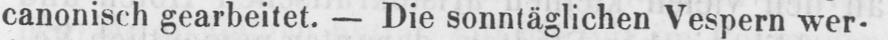
canonisch gearbeitet. - Die sonntäglichen Vespern wer-